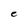
Character: e